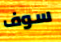
سوف